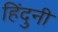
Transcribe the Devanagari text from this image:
हिंदुनी